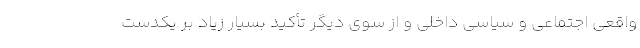
واقعی اجتماعی و سیاسی داخلی و از سوی دیگر تأکید بسیار زیاد بر یکدست